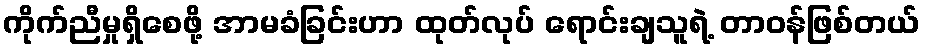
ကိုက်ညီမှုရှိစေဖို့ အာမခံခြင်းဟာ ထုတ်လုပ် ရောင်းချသူရဲ့ တာဝန်ဖြစ်တယ်